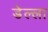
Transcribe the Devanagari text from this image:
डेल्ला